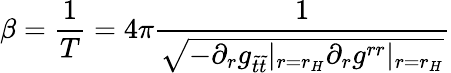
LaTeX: \beta=\frac{1}{T}=4\pi\frac{1}{\sqrt{-\partial_{r}g_{\tilde{t}\tilde{t}}|_{r=r_{H}}\partial_{r}g^{rr}|_{r=r_{H}}}}